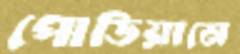
পোডিয়ামে